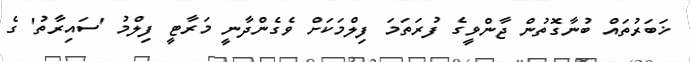
ޚަބަރުތައް ބުނާގޮތުން ޖާންވީގެ ފުރަތަމަ ފިލްމަކަށް ވެގެންދާނީ މަރާޓީ ފިލްމު 'ސައިރާތު' ގެ